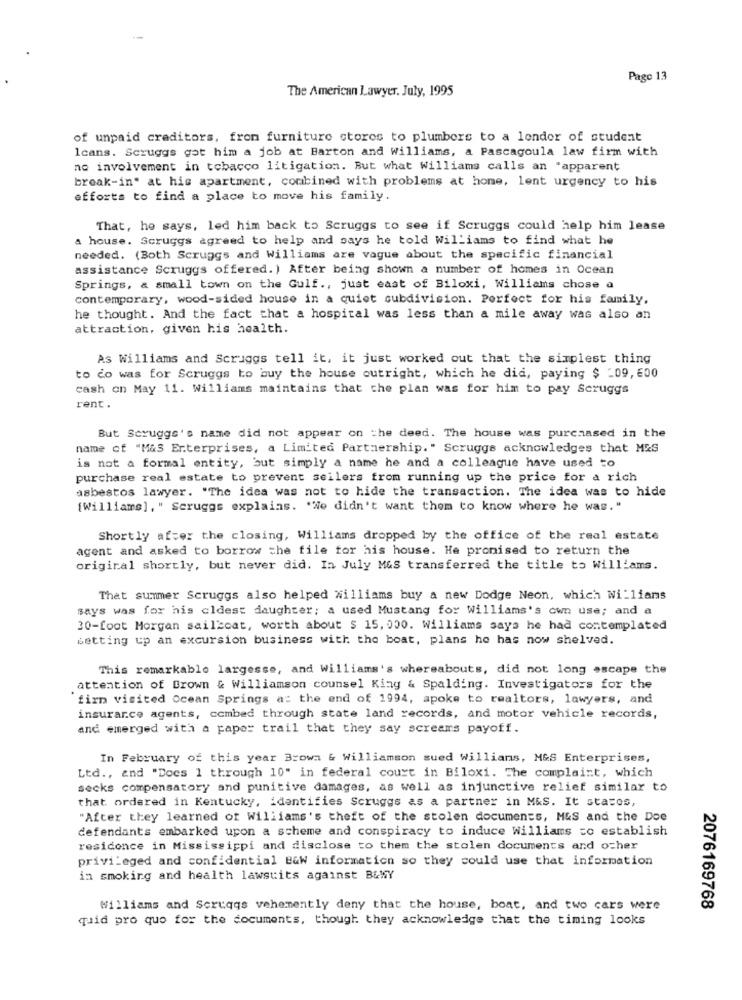
Page 13
The American Lawyer. July, 1995
of unpaid creditors, fron furniture stores to plumbers to a lender of student
Icans. Scruggs got him a job at Barton and Williams, a Pascagoula law firm with
no involvement in tobacco litigation. But what Williams calls an "apparent
break-in" at his apartment, combined with problems at home, lent urgency to his
efforts to find a place to move his family.
That, he says, led him back to Scruggs to see if Scruggs could help him lease
a house. Scruggs agreed to help and says he told Williams to find what he
needed. (Both Scruggs and Williams are vague about the specific financial
assistance Scruggs offered. ) After being shown a number of homes in Ocean
Springs, & small town on the Gulf ., just east of Biloxi, Williams chose a
contemporary, wood-sided house in a quiet subdivision. Perfect for his family.
he thought. And the fact that a hospital was less than a mile away was also an
attraction, given his health.
As Williams and Scruggs tell it, it just worked out that the simplest thing
to do was for Scruggs to buy the house outright, which he did, paying $ _09, 600
cash on May 11. Williams maintains that the plan was for him to pay Scruggs
rent.
But Scruggs's name did not appear on the deed. The house was purchased in the
name of "M&S Erterprises, a Limited Partnership." Scruggs acknowledges that MES
is not a formal entity, but simply a name he and a colleague have used to
purchase real estate to prevent seilers from running up the price for a rich
asbestos lawyer. "The idea was not to hide the transaction. The idea was to hide
[Williams] , " Scruggs explains. "We didn't want them to know where he was. "
Shortly after the closing, Williams dropped by the office of the real estate
agent and asked to borrow the file for his house. He promised to return the
original shortly, but never did. In July M&S transferred the title to Williams.
That summer Scruggs also helped williams buy a new Dodge Neon, which Williams
says was for his eldest daughter; a used Mustang for Williams's own use; and a
30-foot Morgan sailboat, worth about $ 15, 000. Williams says he had contemplated
setting up an excursion business with the boat, plans he has now shelved.
This remarkable largesse, and Williams's whereabouts, did not long escape the
attention of Brown & Williamson counsel King & Spalding. Investigators for the
firn visited Ocean Springs a: the end of 1994, spoke to realtors, lawyers, and
insurance agents, combed through state land records, and motor vehicle records,
and emerged with a paper trail that they say screams payoff.
In February of this year Browa & Williamson sued Willians, M&S Enterprises,
Ltd ., and "Does 1 through 10" in federal court in Biloxi. The complaint, which
secks compensatory and punitive damages, as well as injunctive relief similar to
that ordered in Kentucky, identifies Scruggs as a partner in M&S. It states,
"After they learned of Williams's theft of the stolen documents, M&S and the Doe
defendants embarked upon a scheme and conspiracy to induce williams to establish
residence in Mississippi and disclose to them the stolen documents and other
privileged and confidential B&W information so they could use that information
in smoking and health lawsuits against B&WY
Williams and Scruqqs vehemently deny that the house, boat, and two cars were
2076169768
quid pro quo for the documents, though they acknowledge that the timing looks